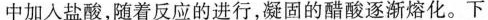
中加入盐酸，随着反应的进行，凝固的醋酸逐渐熔化。下